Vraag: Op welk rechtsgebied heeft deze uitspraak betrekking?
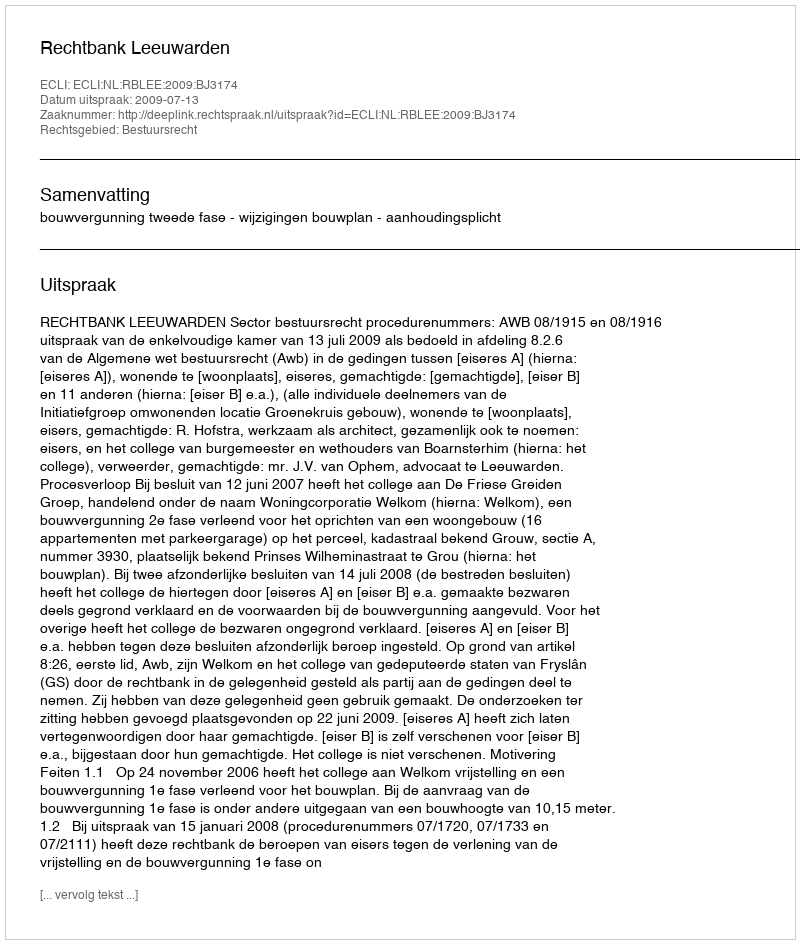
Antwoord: Bestuursrecht